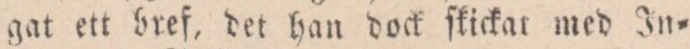
gat ett bref, det han dock ſkickar med In=